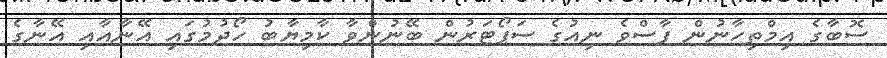
ސޮބާގެ އިމްތިހާނުން ފާސްވެ ނިއުގެ ސަޕޯޓަރުން ބޭނުންވާ ކާމިޔާބު ހޯދުމުގައި އޭނާއާއި އޭނާގެ